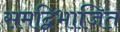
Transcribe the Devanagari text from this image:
समद्विभाजित